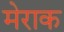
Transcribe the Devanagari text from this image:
मेराक